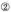
②